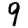
Digit: 9